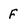
Character: f